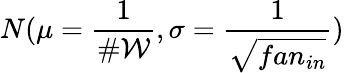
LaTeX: N(\mu=\frac{1}{\# \mathcal{W}},\sigma=\frac{1}{\sqrt{fan_{in}}})